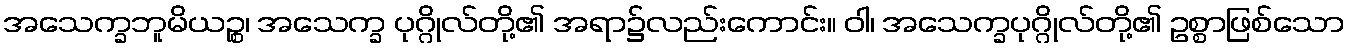
အသေက္ခဘူမိယဉ္စ၊ အသေက္ခ ပုဂ္ဂိုလ်တို့၏ အရာ၌လည်းကောင်း။ ဝါ၊ အသေက္ခပုဂ္ဂိုလ်တို့၏ ဥစ္စာဖြစ်သော